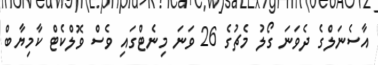
އާސެނަލްގެ ދެވަނަ ގޯލު މެޗުގެ 26 ވަނަ މިނެޓްގައި ވެސް ވޮލްކެޓް ކާމިޔާބް